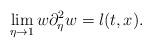
LaTeX: \begin{align*} \displaystyle\lim_{\eta\to 1} w\partial_\eta^2 w=l(t,x).\end{align*}